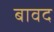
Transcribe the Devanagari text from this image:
बावद